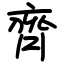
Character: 齊